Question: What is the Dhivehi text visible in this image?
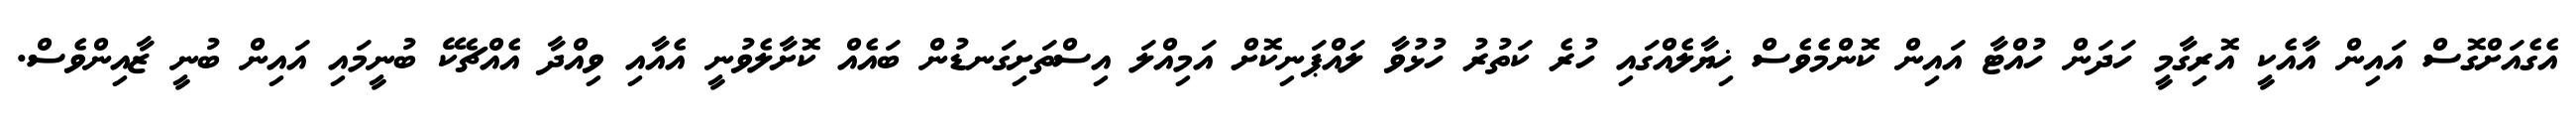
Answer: އެގެއަށްގޮސް އައިން އާއެކީ އޮރިގާމީ ހަދަން ހުއްޓާ އައިން ކޮންމެވެސް ޚިޔާލެއްގައި ހުރެ ކަތުރު ހުޅުވާ ލައްޕަނިކޮށް އަމިއްލަ އިސްތަށިގަނޑުން ބައެއް ކޮށާލެވުނީ އެއާއި ވިއްދާ އެއްޗެކޭ ބުނީމައި އައިން ބުނީ ޒާއިންވެސް.